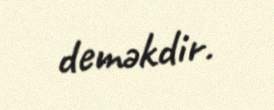
deməkdir.